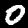
Digit: 0